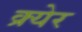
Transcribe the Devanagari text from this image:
क्र्येर